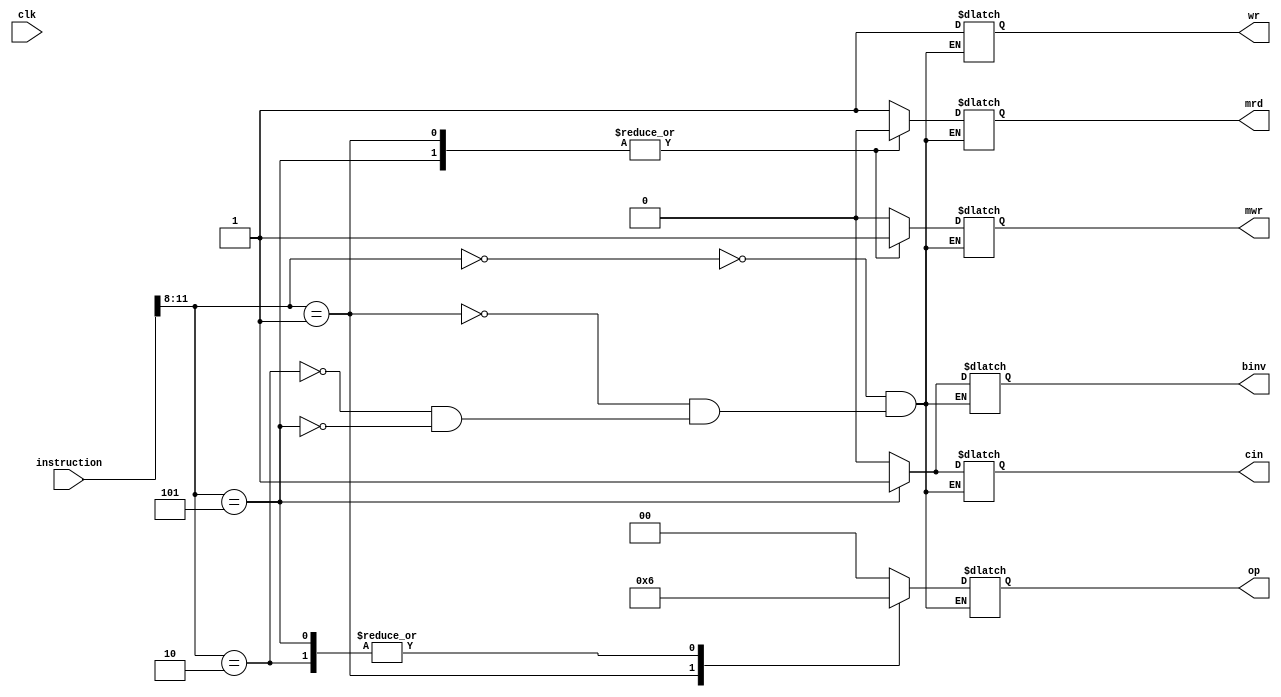
module control_unit
(
	input [15:0]instruction,
	input clk,
	output reg [1:0]op,
	output reg binv,
	output reg cin,
	output reg mrd,
	output reg mwr,
	output reg wr
);

always @ (*)
begin
	case (instruction[11:8])
	4'b0000:	//AND
	begin
		op<=0;
		binv<=0;
		cin<=0;
		mrd<=1;
		mwr<=0;
		wr<=1;
	end
	4'b0001:	//OR
	begin
		op<=1;
		binv<=0;
		cin<=0;
		mrd<=0;
		mwr<=1;
		wr<=1;
	end
	4'b0010:	//ADD
	begin
		op<=2;
		binv<=0;
		cin<=0;
		mrd<=1;
		mwr<=0;
		wr<=1;
	end
	4'b0101:	//SUB
	begin
		op<=2;
		binv<=1;
		cin<=1;
		mrd<=0;
		mwr<=1;
		wr<=1;
	end
	endcase
	end
endmodule

	
module test_control_unit ();
	
	reg[15:0]instruction;
	reg clk;
	wire[1:0]op;
	wire binv;
	wire cin;
	wire mrd;
	wire mwr;
	wire wr;
	
control_unit obj (instruction,clk,op,binv,cin,mrd,mwr,wr);
initial
begin
#30 instruction=16'b0000000000000000;
#30 instruction=16'b0000000100000000;
#30 instruction=16'b0000001000000000;
#30 instruction=16'b0000010100000000;
end
endmodule